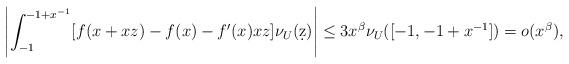
LaTeX: \begin{align*}\left| \int_{-1}^{-1+x^{-1}} [ f(x + x z) - f(x) - f'(x) x z] \nu_U (\d z) \right|\leq 3 x^\beta \nu_U ([-1, -1+x^{-1}]) = o(x^{\beta}),\end{align*}